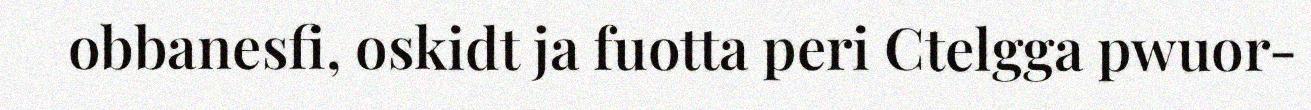
obbanesfi, oskidt ja fuotta peri Ctelgga pwuor-